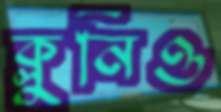
ক্লুনিও